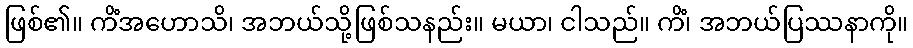
ဖြစ်၏။ ကိံအဟောသိ၊ အဘယ်သို့ဖြစ်သနည်း။ မယာ၊ ငါသည်။ ကိံ၊ အဘယ်ပြဿနာကို။